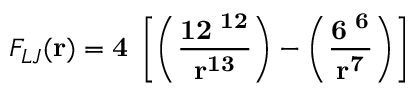
F _ { L J } ( \bf r ) = 4 \epsilon \left[ \left( \frac { 1 2 \sigma ^ { 1 2 } } { r ^ { 1 3 } } \right) - \left( \frac { 6 \sigma ^ { 6 } } { r ^ { 7 } } \right) \right]